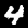
Digit: 4